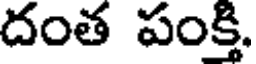
దంత పంక్తి